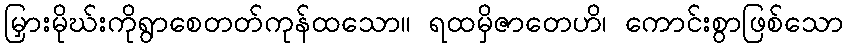
မြှားမိုဃ်းကိုရွာစေတတ်ကုန်ထသော။ ရထမှိဇာတေဟိ၊ ကောင်းစွာဖြစ်သော